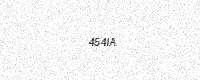
Text: 454IA